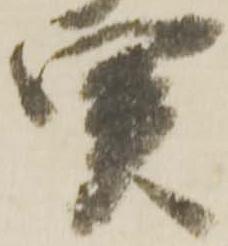
関